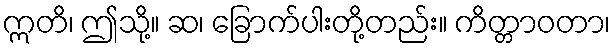
ဣတိ၊ ဤသို့။ ဆ၊ ခြောက်ပါးတို့တည်း။ ကိတ္တာဝတာ၊